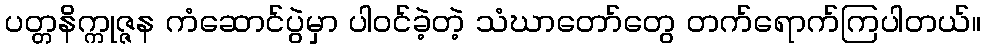
ပတ္တနိက္ကုဇ္ဇန ကံဆောင်ပွဲမှာ ပါဝင်ခဲ့တဲ့ သံဃာတော်တွေ တက်ရောက်ကြပါတယ်။